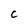
Character: C